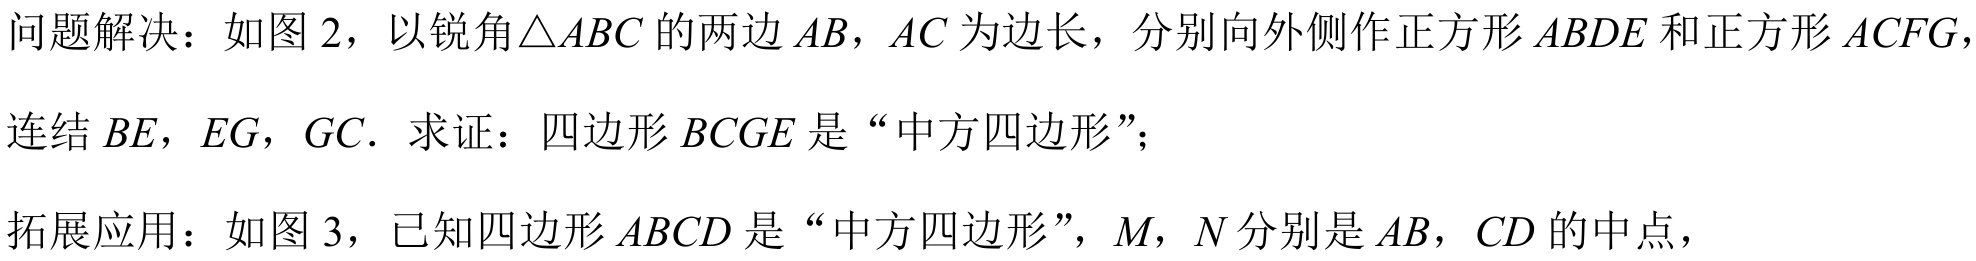
问题解决：如图 2，以锐角\(\triangle ABC\)的两边\(AB\)，\(AC\)为边长，分别向外侧作正方形\(ABDE\)和正方形\(ACFG\)，
连结\(BE\)，\(EG\)，\(GC\). 求证：四边形\(BCGE\)是“中方四边形”；
拓展应用：如图 3，已知四边形\(ABCD\)是“中方四边形”，\(M\)，\(N\)分别是\(AB\)，\(CD\)的中点，